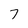
Character: 7